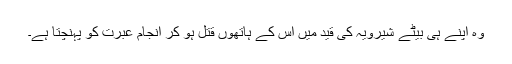
وہ اپنے ہی بیٹے شیرویہ کی قید میں اس کے ہاتھوں قتل ہو کر انجام عبرت کو پہنچتا ہے۔